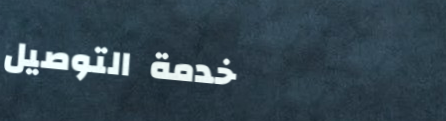
خدمة التوصيل